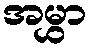
အမွှာ